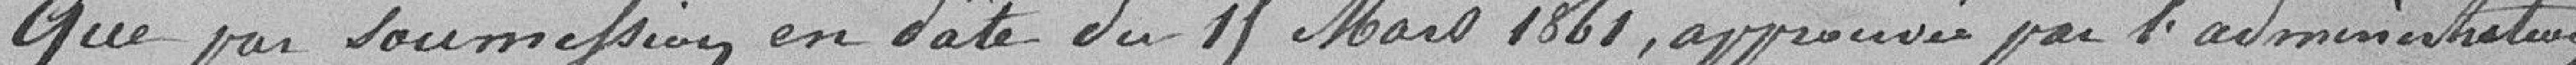
Que par soumission en date du 15 mars 1861, approuvée par l'administration